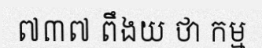
៧៣៧ ពឹងយ ថា កម្ម